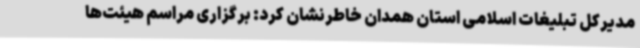
مدیرکل تبلیغات اسلامی استان همدان خاطرنشان کرد: برگزاری مراسم هیئت‌ها